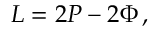
{ \cal L } = 2 P - 2 \Phi \, ,